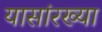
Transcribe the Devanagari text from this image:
यासांरख्या